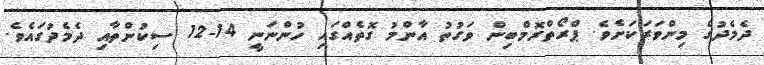
ދެމެދުގެ މިންވަރަކަށެވެ. ޕްރޯތްރޮމްބިން ވަގުތު އާންމު ގޮތެއްގައި ހުންނަނީ 14-12 ސިކުންތާއި ދެމެދުގައެވެ.